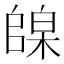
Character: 𪳦